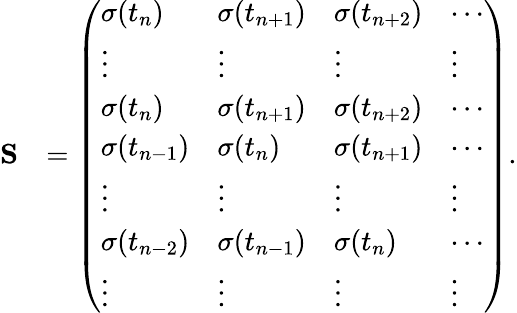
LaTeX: \begin{array}{rl}{\mathbf S}&{=\left(\begin{array}{llll}{\sigma(t_{n})}&{\sigma(t_{n+1})}&{\sigma(t_{n+2})}&{\cdots}\\ {\vdots}&{\vdots}&{\vdots}&{\vdots}\\ {\sigma(t_{n})}&{\sigma(t_{n+1})}&{\sigma(t_{n+2})}&{\cdots}\\ {\sigma(t_{n-1})}&{\sigma(t_{n})}&{\sigma(t_{n+1})}&{\cdots}\\ {\vdots}&{\vdots}&{\vdots}&{\vdots}\\ {\sigma(t_{n-2})}&{\sigma(t_{n-1})}&{\sigma(t_{n})}&{\cdots}\\ {\vdots}&{\vdots}&{\vdots}&{\vdots}\end{array}\right).}\end{array}